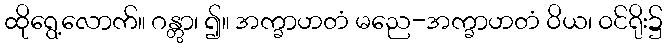
ထိုရွေ့လောက်။ ဂန္တွာ၊ ၍။ အက္ခာဟတံ မညေ-အက္ခာဟတံ ဝိယ၊ ဝင်ရိုး၌